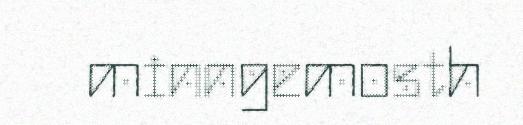
minngemosth